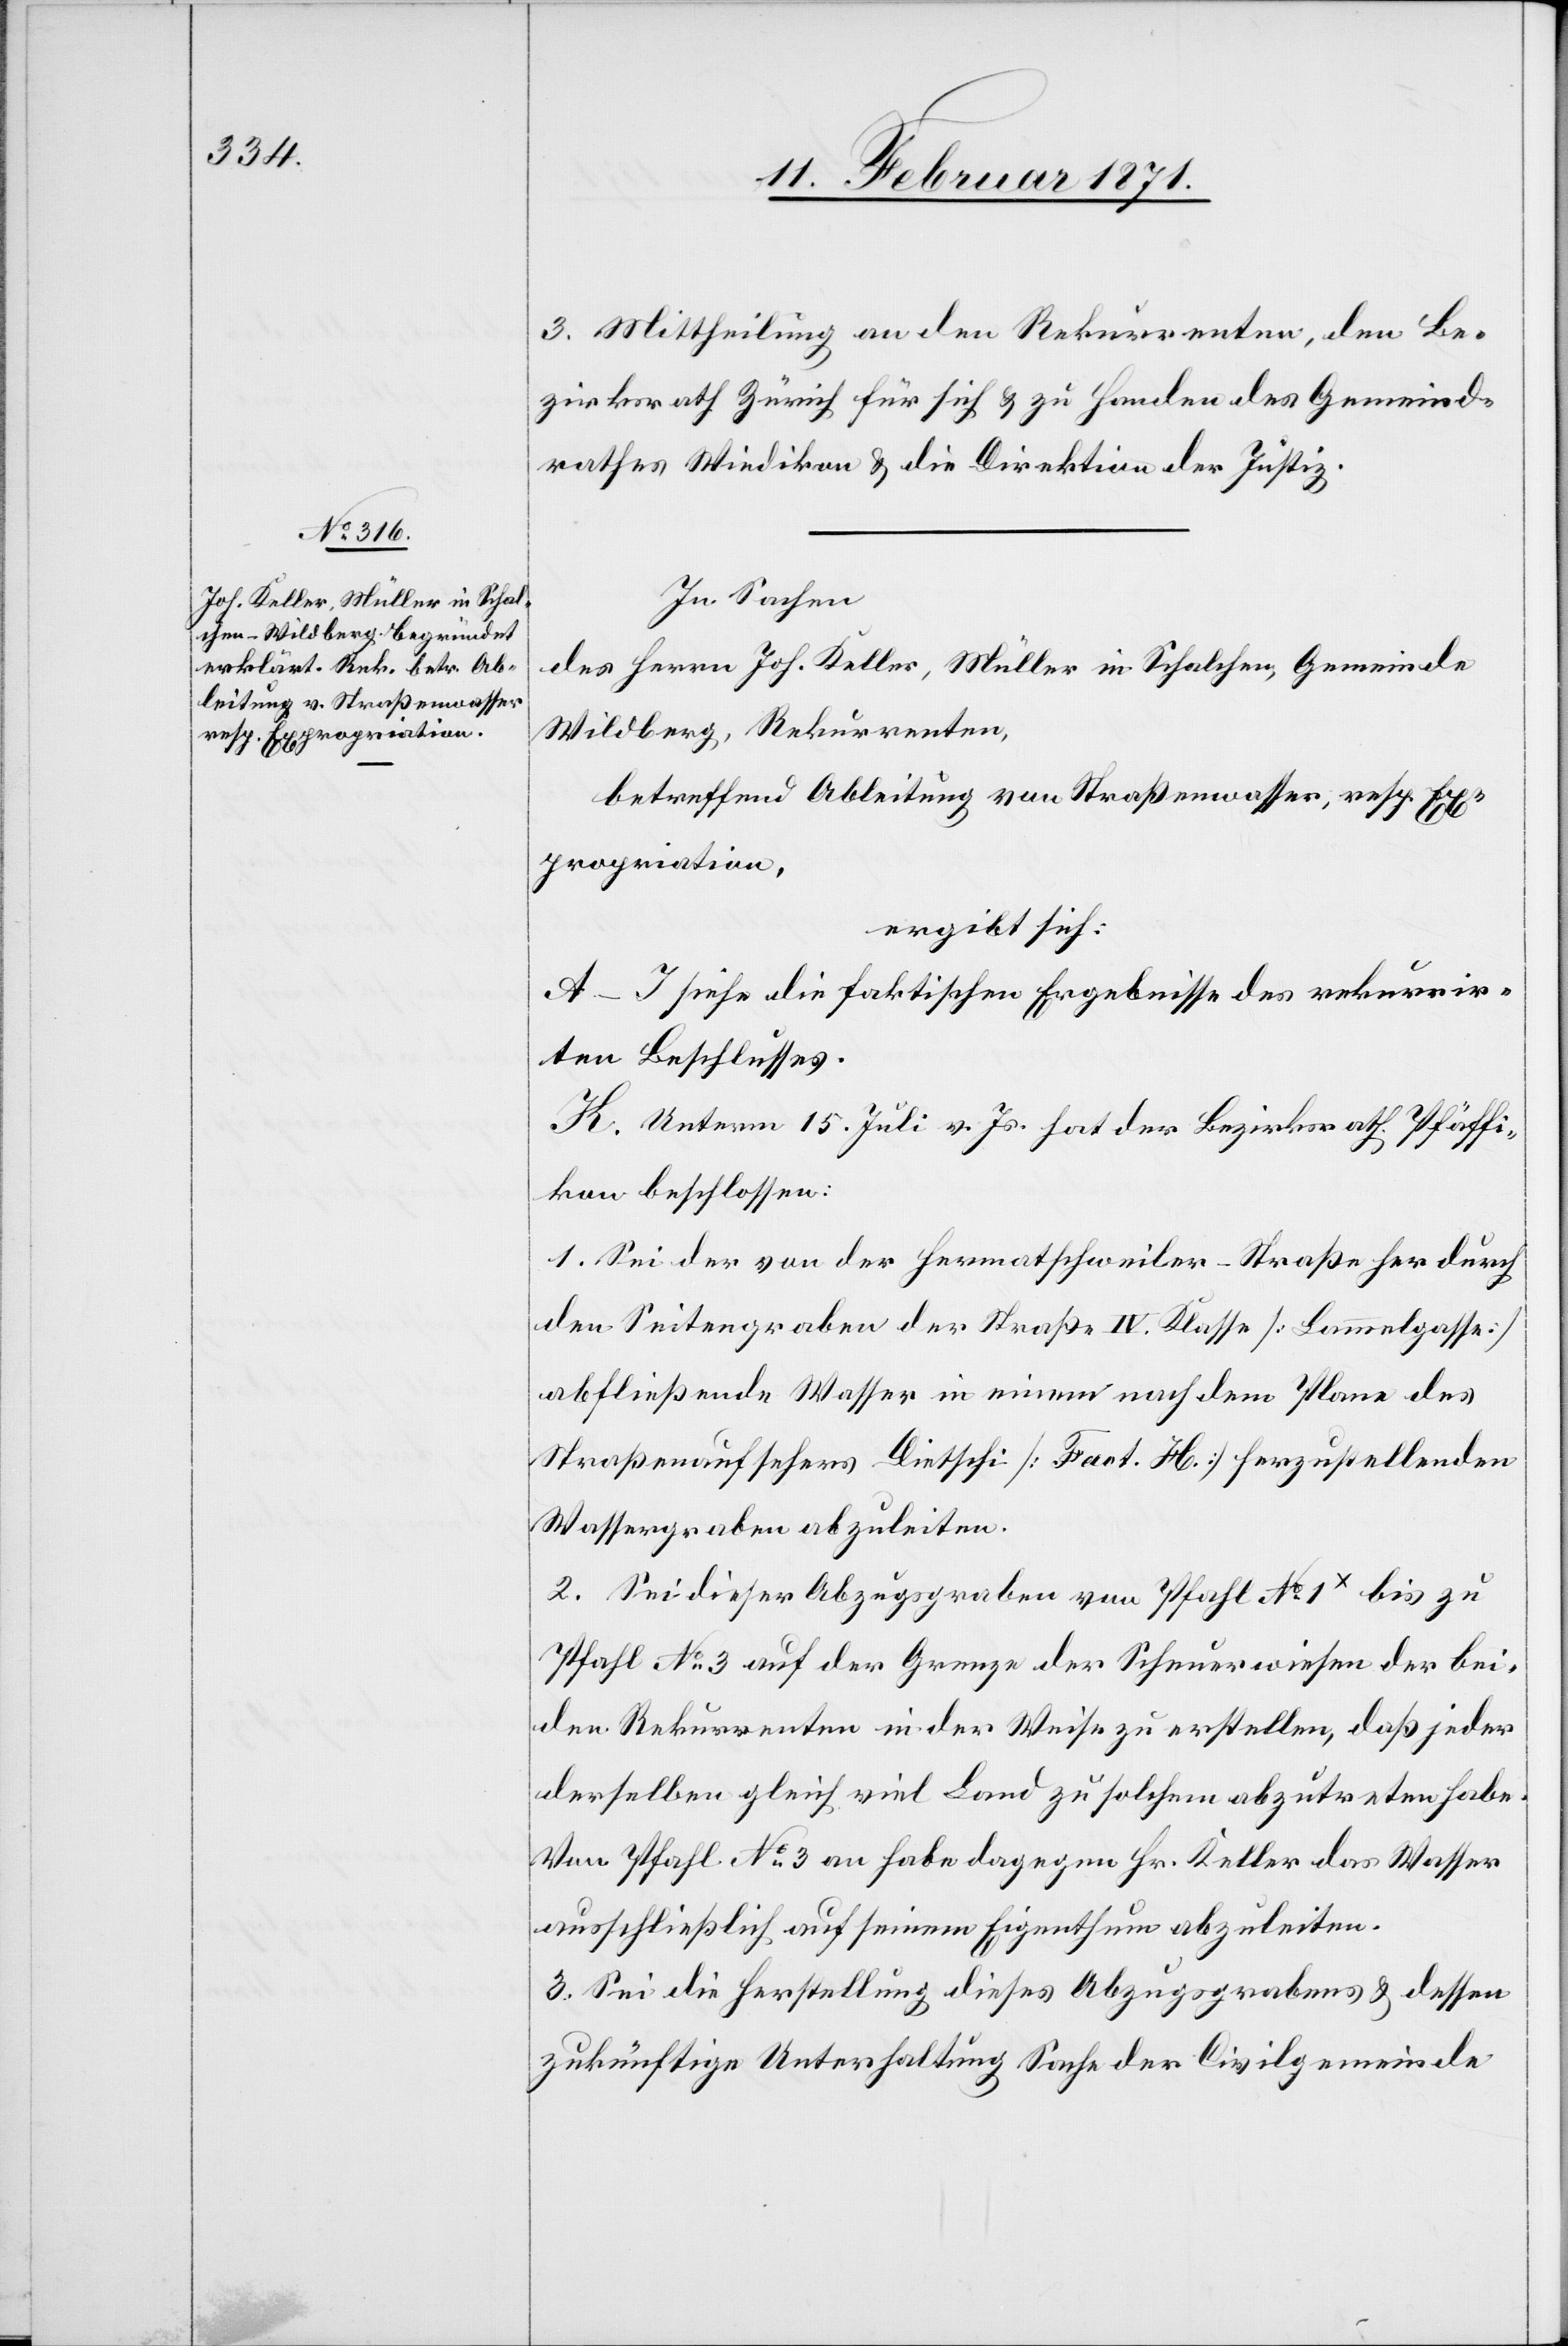
3. Mittheilung an den Rekurrenten, den Be¬
zirksrath Zürich für sich u. zu Handen des Gemeind¬
rathes Wiedikon u. die Direktion der Justiz.